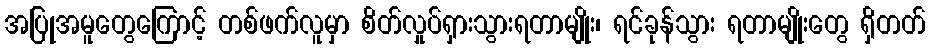
အပြုအမူတွေကြောင့် တစ်ဖက်လူမှာ စိတ်လှုပ်ရှားသွားရတာမျိုး၊ ရင်ခုန်သွား ရတာမျိုးတွေ ရှိတတ်